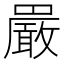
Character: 𫝝